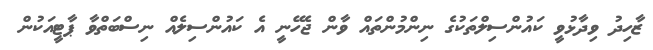
ޒާހިދު ވިދާޅުވީ ކައުންސިލްތަކުގެ ނިންމުންތައް ވާން ޖެހޭނީ އެ ކައުންސިލެއް ނިސްބަތްވާ ޕާޓީއަކުން